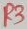
Text: R3